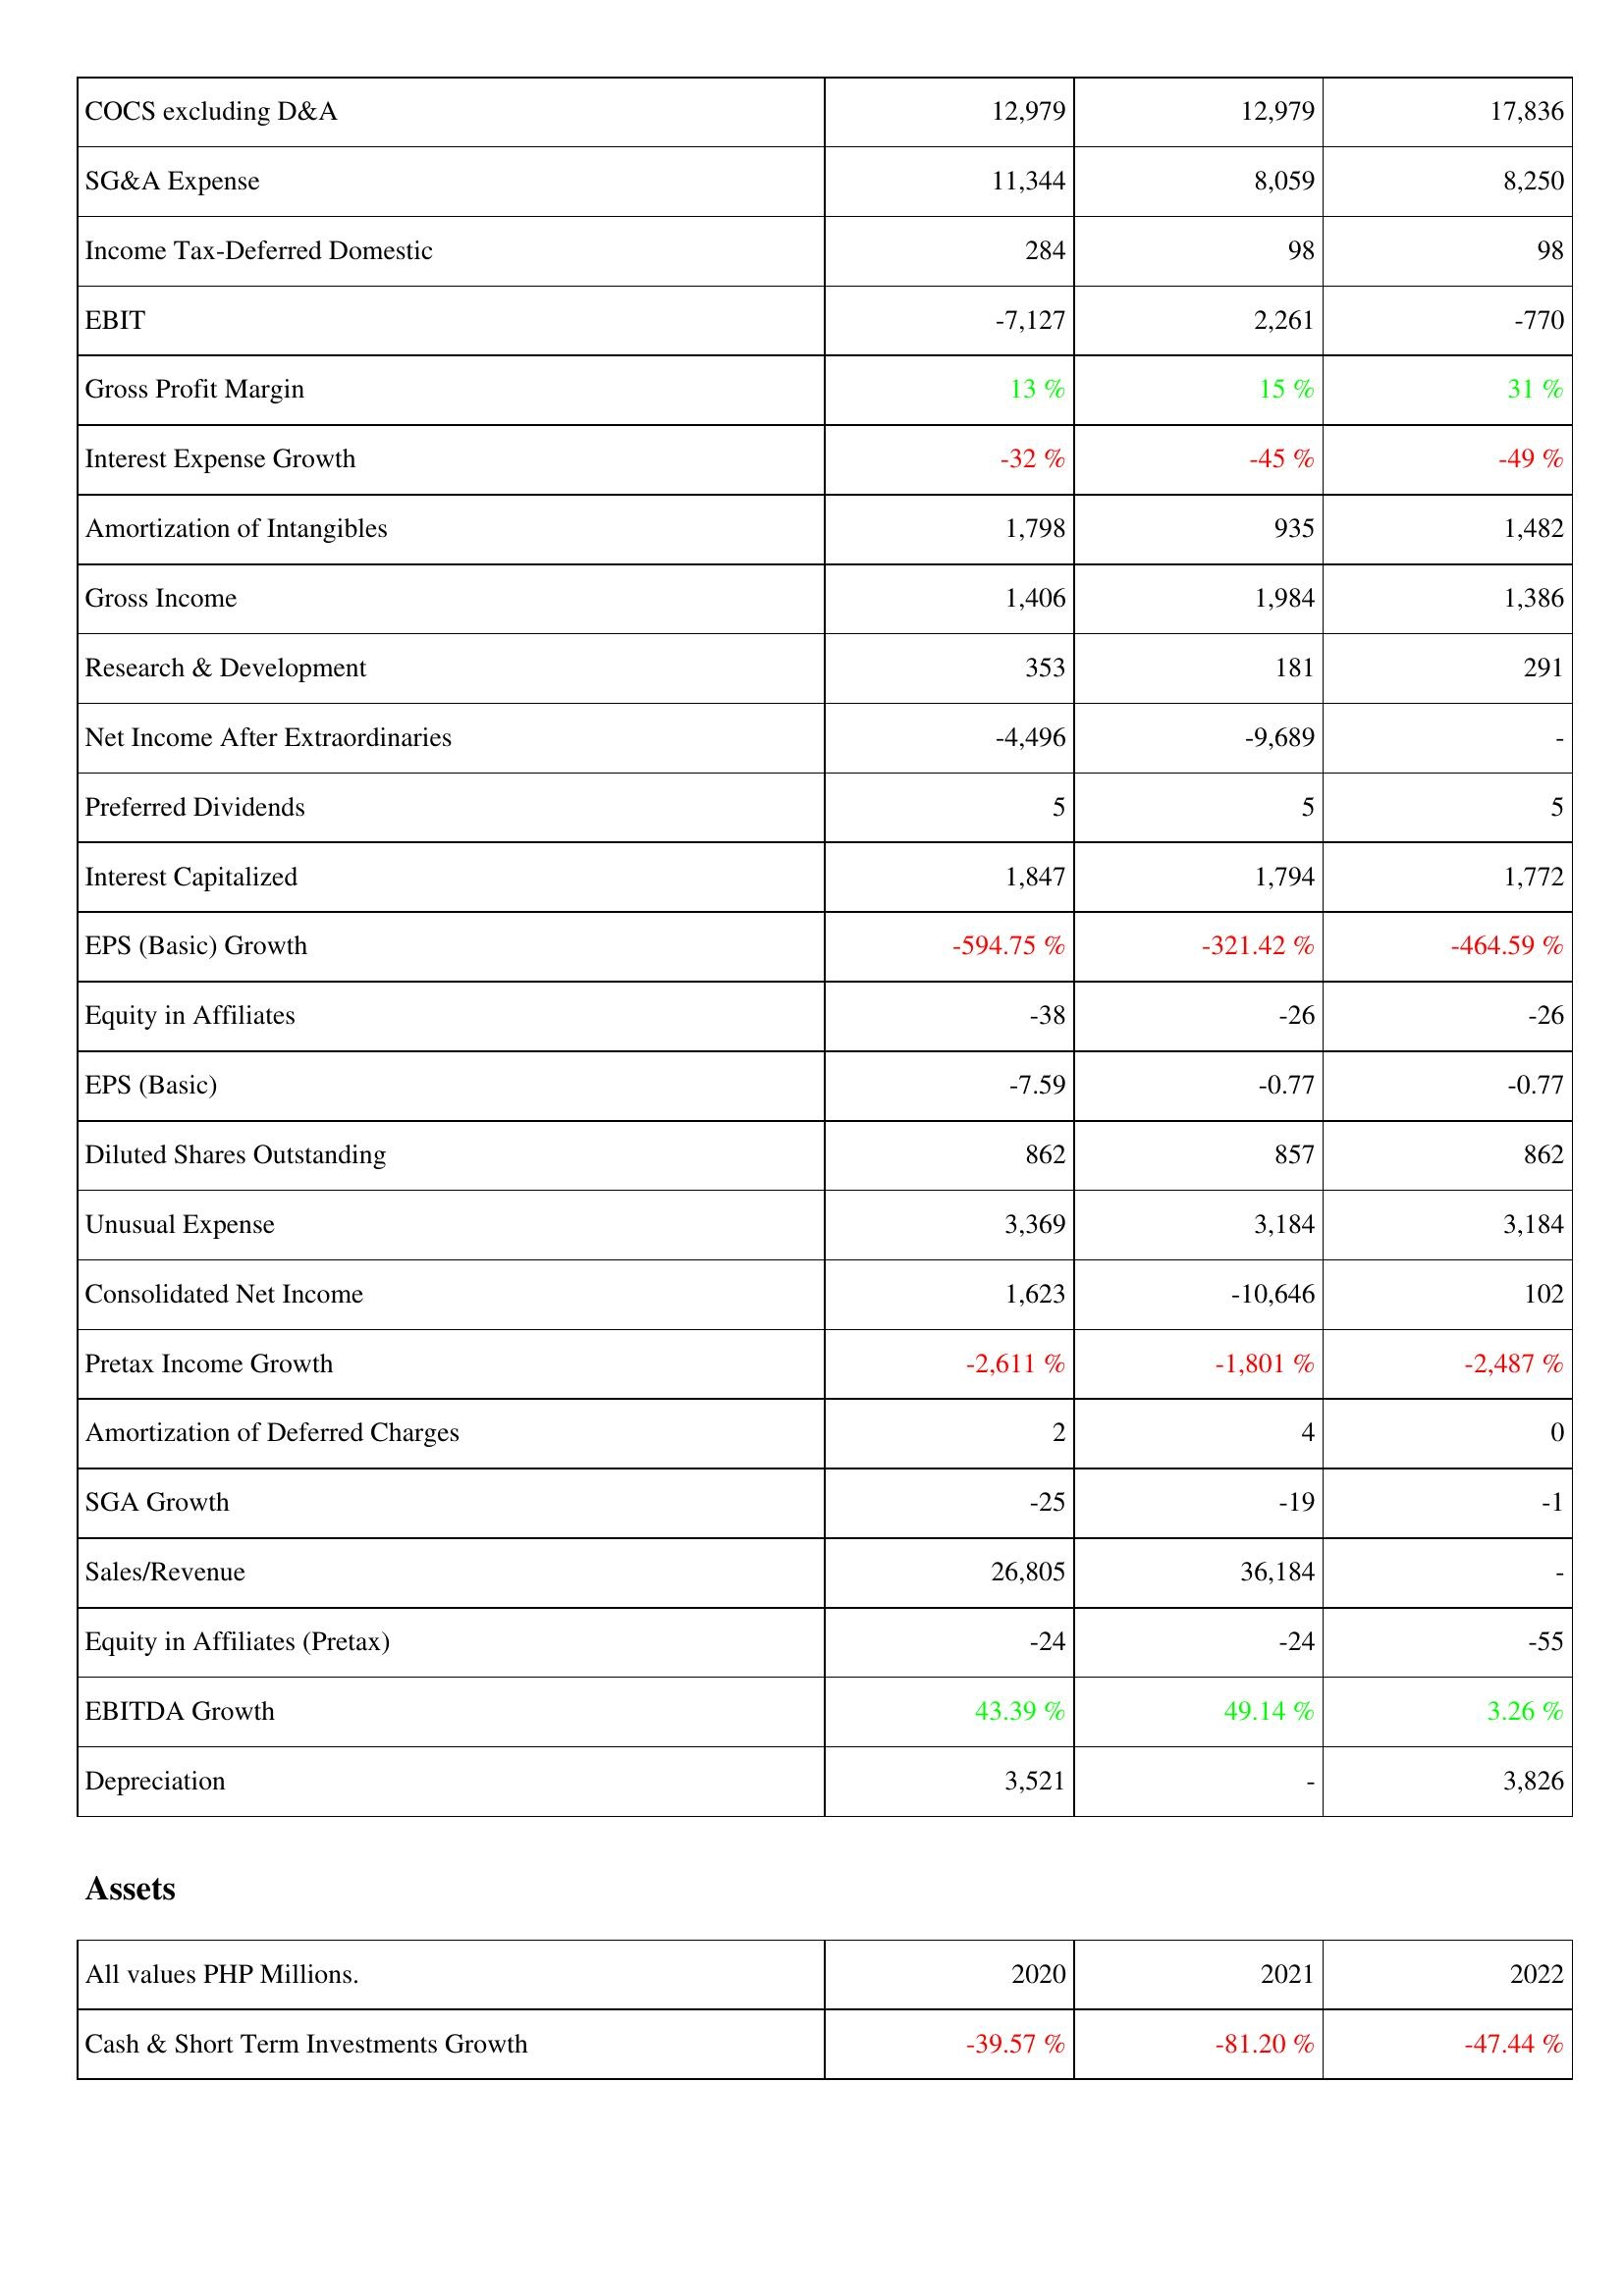
2020: Income Statement: COCS excluding D&A: 12,979
SG&A Expense: 11,344
Income Tax-Deferred Domestic: 284
EBIT: -7,127
Gross Profit Margin: 13 %
Interest Expense Growth: -32 %
Amortization of Intangibles: 1,798
Gross Income: 1,406
Research & Development: 353
Net Income After Extraordinaries: -4,496
Preferred Dividends: 5
Interest Capitalized: 1,847
EPS (Basic) Growth: -594.75 %
Equity in Affiliates: -38
EPS (Basic): -7.59
Diluted Shares Outstanding: 862
Unusual Expense: 3,369
Consolidated Net Income: 1,623
Pretax Income Growth: -2,611 %
Amortization of Deferred Charges: 2
SGA Growth: -25
Sales/Revenue: 26,805
Equity in Affiliates (Pretax): -24
EBITDA Growth: 43.39 %
Depreciation: 3,521
Assets: Cash & Short Term Investments Growth: -39.57 %
2021: Income Statement: COCS excluding D&A: 12,979
SG&A Expense: 8,059
Income Tax-Deferred Domestic: 98
EBIT: 2,261
Gross Profit Margin: 15 %
Interest Expense Growth: -45 %
Amortization of Intangibles: 935
Gross Income: 1,984
Research & Development: 181
Net Income After Extraordinaries: -9,689
Preferred Dividends: 5
Interest Capitalized: 1,794
EPS (Basic) Growth: -321.42 %
Equity in Affiliates: -26
EPS (Basic): -0.77
Diluted Shares Outstanding: 857
Unusual Expense: 3,184
Consolidated Net Income: -10,646
Pretax Income Growth: -1,801 %
Amortization of Deferred Charges: 4
SGA Growth: -19
Sales/Revenue: 36,184
Equity in Affiliates (Pretax): -24
EBITDA Growth: 49.14 %
Depreciation: -
Assets: Cash & Short Term Investments Growth: -81.20 %
2022: Income Statement: COCS excluding D&A: 17,836
SG&A Expense: 8,250
Income Tax-Deferred Domestic: 98
EBIT: -770
Gross Profit Margin: 31 %
Interest Expense Growth: -49 %
Amortization of Intangibles: 1,482
Gross Income: 1,386
Research & Development: 291
Net Income After Extraordinaries: -
Preferred Dividends: 5
Interest Capitalized: 1,772
EPS (Basic) Growth: -464.59 %
Equity in Affiliates: -26
EPS (Basic): -0.77
Diluted Shares Outstanding: 862
Unusual Expense: 3,184
Consolidated Net Income: 102
Pretax Income Growth: -2,487 %
Amortization of Deferred Charges: 0
SGA Growth: -1
Sales/Revenue: -
Equity in Affiliates (Pretax): -55
EBITDA Growth: 3.26 %
Depreciation: 3,826
Assets: Cash & Short Term Investments Growth: -47.44 %